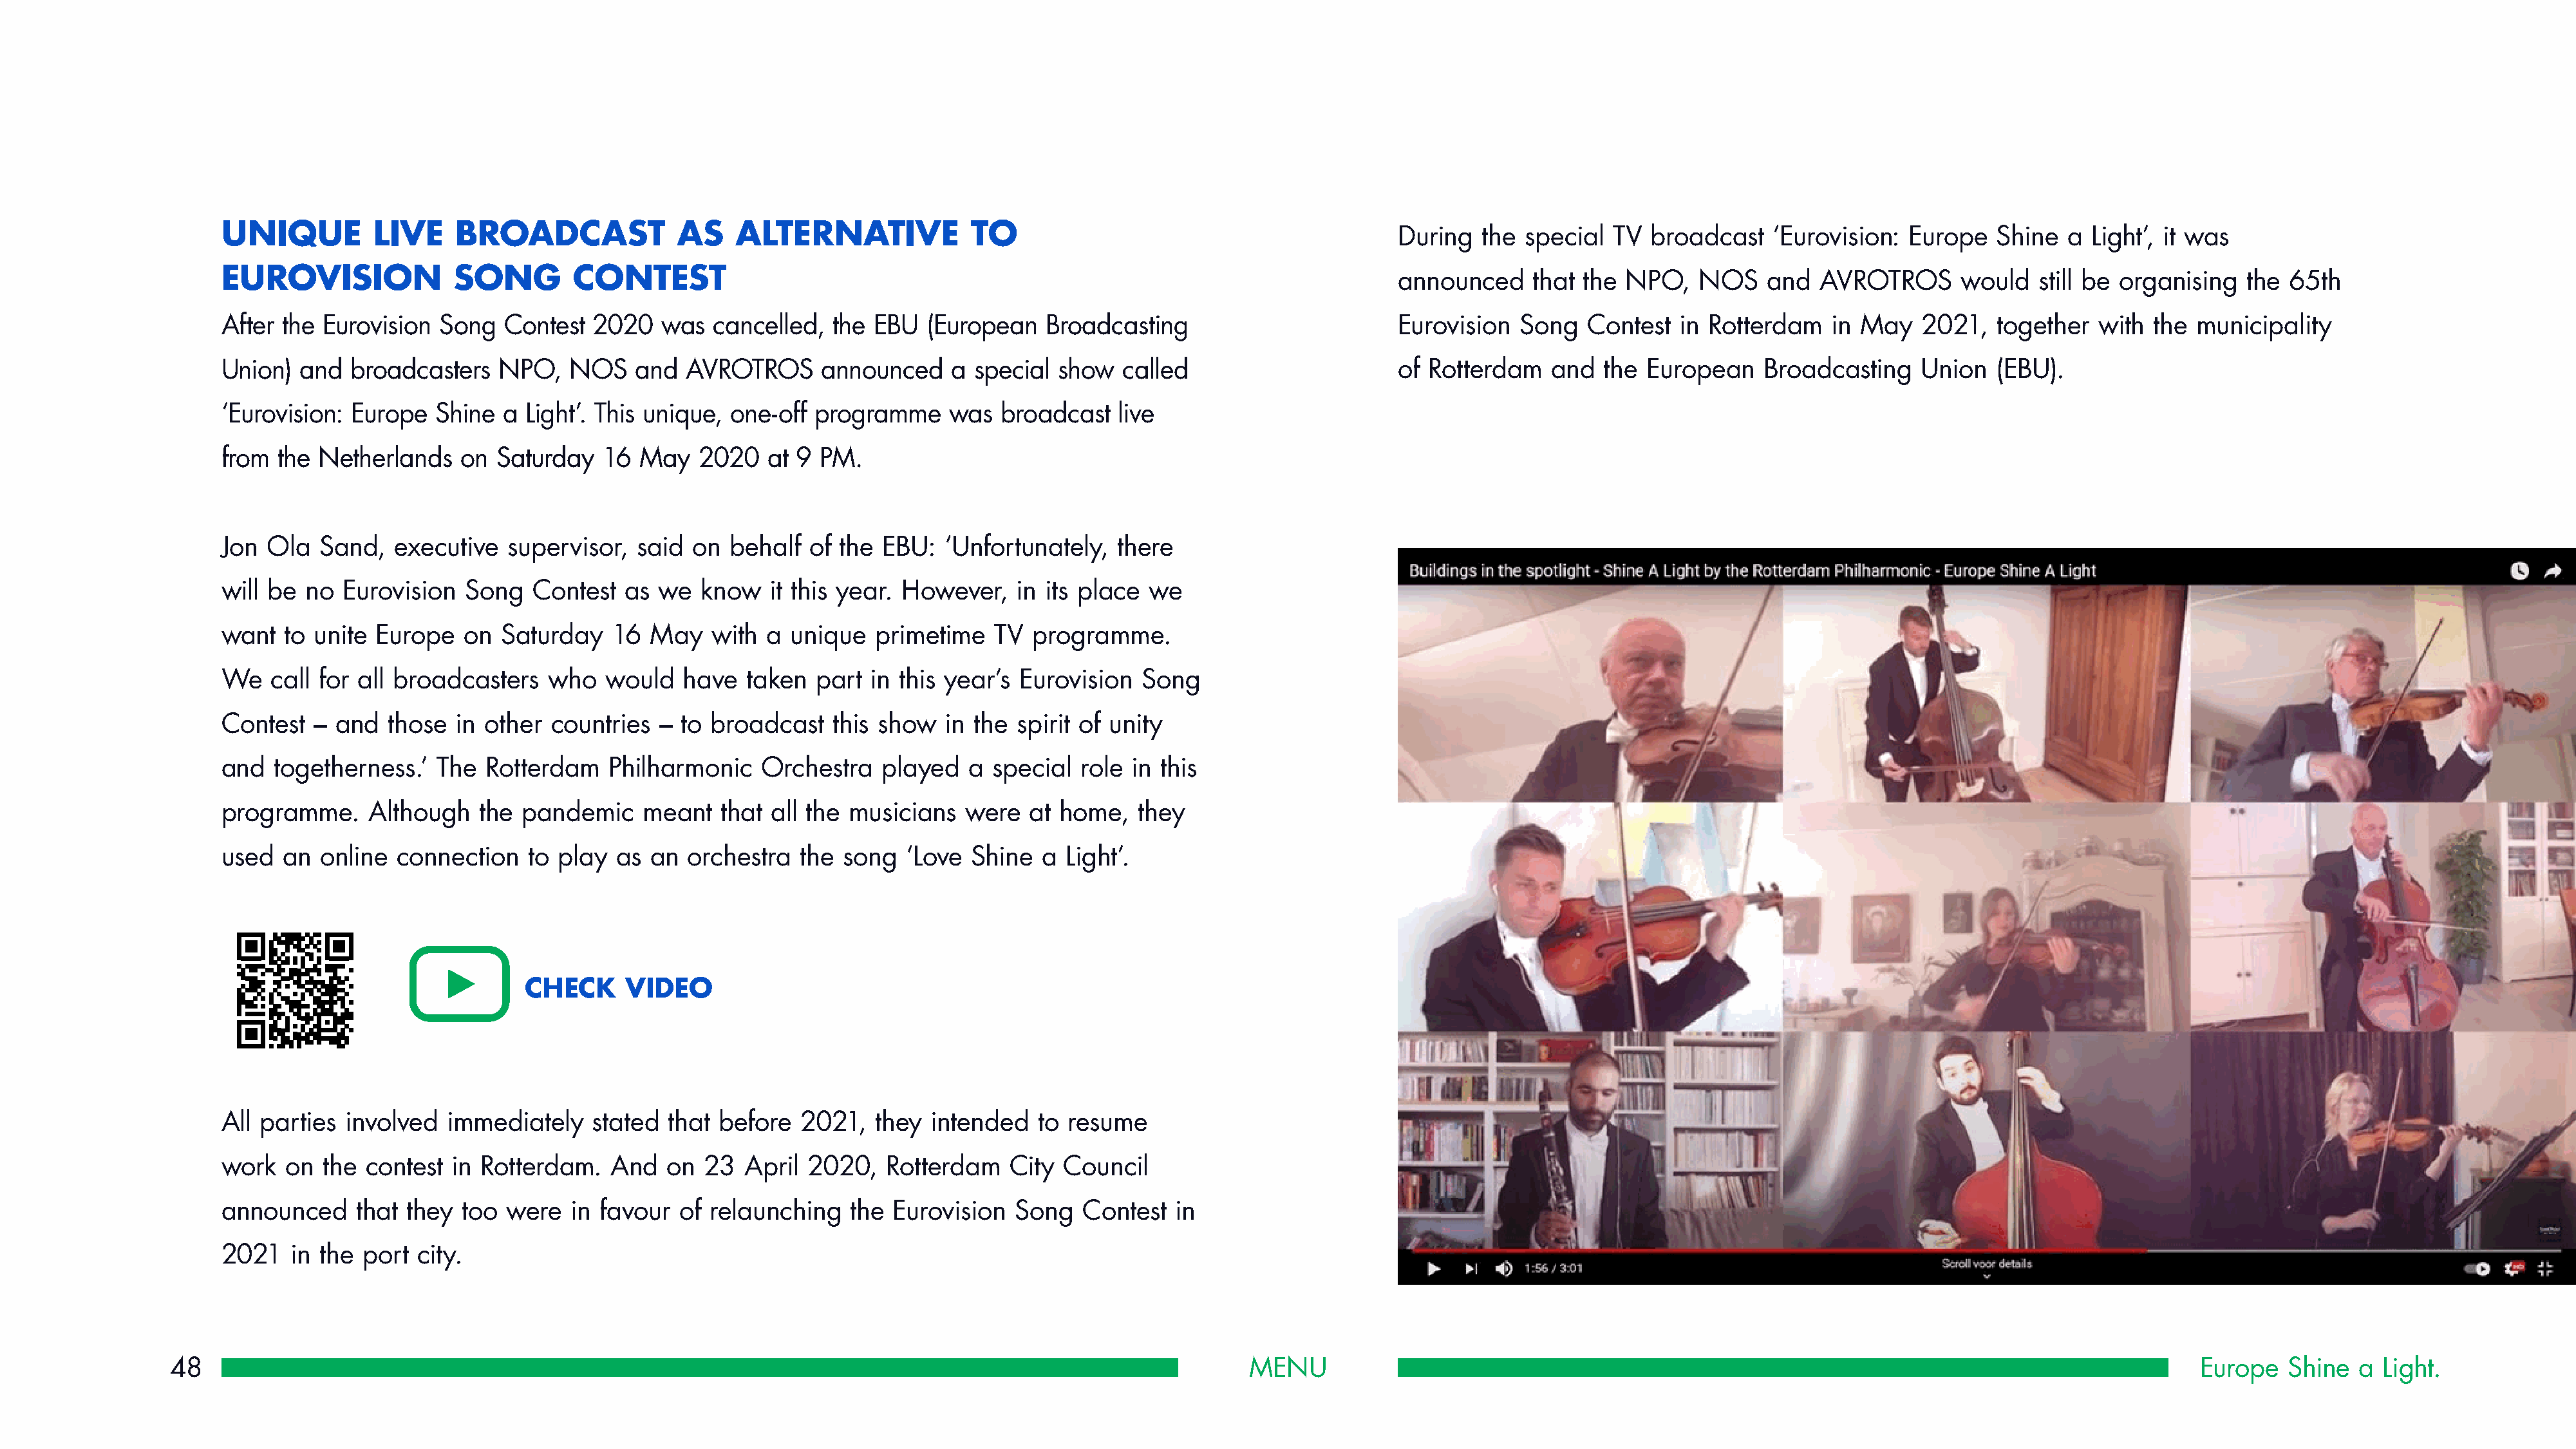
UNIQUE         LIVE     BROADCAST              AS    ALTERNATIVE             TO
 During  the  special  TV  broadcast   ‘Eurovision:  Europe   Shine   a Light’, it was
 EUROVISION              SONG        CONTEST
 announced     that the NPO,    NOS    and  AVROTROS       would   still be organising  the 65th
 After the Eurovision  Song   Contest  2020   was  cancelled,   the EBU  (European    Broadcasting                        Eurovision  Song   Contest   in Rotterdam   in May    2021,  together   with the  municipality
 Union)  and  broadcasters   NPO,    NOS   and   AVROTROS     announced     a special  show  called                       of Rotterdam   and   the European    Broadcasting    Union   (EBU).
 ‘Eurovision: Europe   Shine  a Light’. This unique, one-off  programme     was  broadcast   live
 from  the Netherlands   on  Saturday   16  May   2020   at 9 PM.
 Jon Ola   Sand,   executive  supervisor,  said  on  behalf  of the  EBU:  ‘Unfortunately,   there
 will be no  Eurovision   Song   Contest  as  we  know   it this year. However,    in its place we
 want  to unite  Europe   on  Saturday   16  May   with  a unique   primetime   TV  programme.
 We   call for all broadcasters   who   would   have   taken  part  in this year’s Eurovision  Song
 Contest  – and   those  in other  countries  – to broadcast    this show  in the  spirit of unity
 and  togetherness.’   The  Rotterdam    Philharmonic   Orchestra    played   a special  role in this
 programme.     Although   the  pandemic    meant   that all the musicians   were   at home,   they
 used  an  online  connection   to play  as  an  orchestra  the  song  ‘Love  Shine  a  Light’.
 CHECK     VIDEO
 All parties  involved  immediately    stated  that before  2021,   they  intended   to resume
 work  on  the  contest in Rotterdam.    And   on 23   April 2020,   Rotterdam    City Council
 announced     that they  too were   in favour  of relaunching   the  Eurovision  Song   Contest   in
 2021   in the port  city.
 48                                                                                                            MENU                                                                                              Europe   Shine  a  Light.